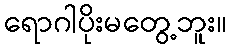
ရောဂါပိုးမတွေ့ဘူး။